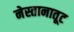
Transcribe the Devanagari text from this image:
नेस्तानातूट